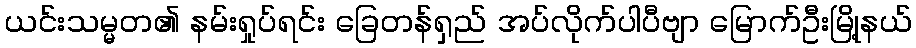
ယင်းသမ္မတ၏ နမ်းရှုပ်ရင်း ခြေတန်ရှည် အပ်လိုက်ပါပီဗျာ မြောက်ဦးမြို့နယ်